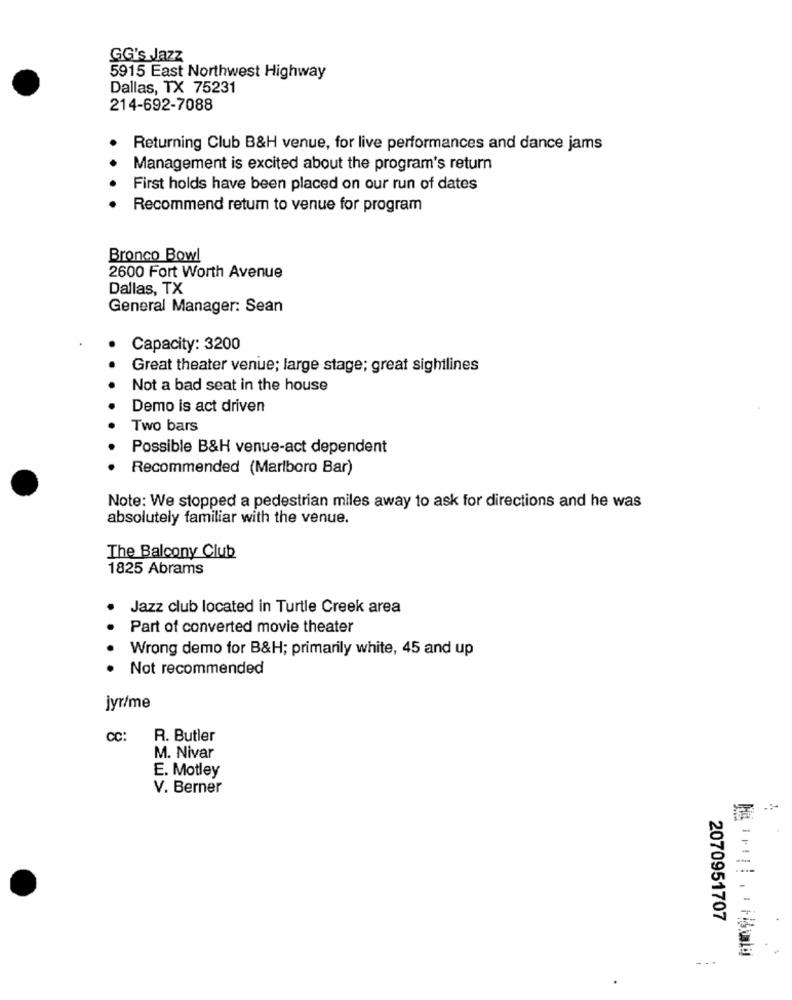
GG's Jazz
5915 East Northwest Highway
Dallas, TX 75231
214-692-7088
Returning Club B&H venue, for live performances and dance jams
Management is excited about the program's return
First holds have been placed on our run of dates
Recommend return to venue for program
Bronco Bowl
2600 Fort Worth Avenue
Dallas, TX
General Manager: Sean
Capacity: 3200
Great theater venue; large stage; great sightlines
Not a bad seat in the house
Demo is act driven
Two bars
Possible B&H venue-act dependent
Recommended (Marlboro Bar)
Note: We stopped a pedestrian miles away to ask for directions and he was
absolutely familiar with the venue.
The Balcony Club
1825 Abrams
Jazz club located in Turtle Creek area
.
Part of converted movie theater
Wrong demo for B&H; primarily white, 45 and up
Not recommended
jyr/me
CC:
R. Butler
M. Nivar
E. Motley
V. Berner
2070951707